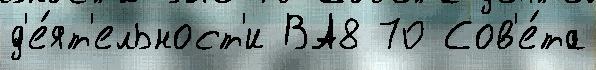
д'е́ят'ельност'и ВА8 70 Сов'е́та